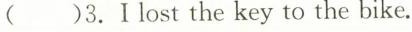
( )3.Ilost the key to the bike.